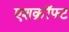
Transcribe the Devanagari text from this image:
एशक्रॉफ्ट